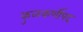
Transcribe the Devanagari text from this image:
कुळकर्णीपद